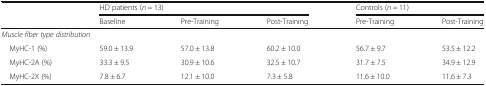
|  | <COLSPAN=3> HD patients (n = 13) | <COLSPAN=2> Controls (n = 11) |
 |  | Baseline | Pre-Training | Post-Training | Pre-Training | Post-Training |
 | --- | --- | --- | --- | --- | --- |
 | <COLSPAN=6> Muscle fiber type distribution |
 | MyHC-1 (%) | 59.0 ± 13.9 | 57.0 ± 13.8 | 60.2 ± 10.0 | 56.7 ± 9.7 | 53.5 ± 12.2 |
 | MyHC-2A (%) | 33.3 ± 9.5 | 30.9 ± 10.6 | 32.5 ± 10.7 | 31.7 ± 7.5 | 34.9 ± 12.9 |
 | MyHC-2X (%) | 7.8 ± 6.7 | 12.1 ± 10.0 | 7.3 ± 5.8 | 11.6 ± 10.0 | 11.6 ± 7.3 |